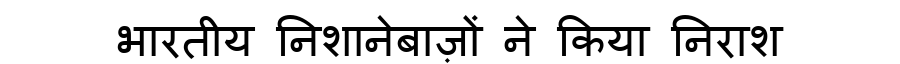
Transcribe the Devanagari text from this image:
भारतीय निशानेबाज़ों ने किया निराश